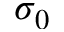
\sigma _ { 0 }